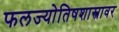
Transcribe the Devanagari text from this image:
फलज्योतिषशास्त्रावर